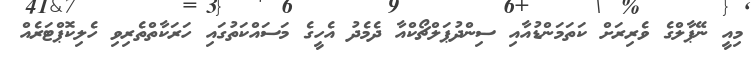
މިއީ ނޭޕާލްގެ ވެރިރަށް ކަތަމަންޑުއާއި ސިންދުޕަލްޗޯކްއާ ދެމެދު އެހީގެ މަސައްކަތުގައި ހަރަކާތްތެރިވި ހެލިކޮޕްޓަރެއް